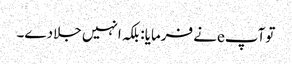
توآپeنے فرمایا: بلکہ انہیں جلادے۔